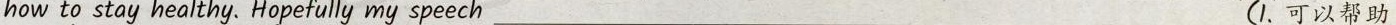
how to stay healthy. Hopefully my speech ___(1. 可以帮助